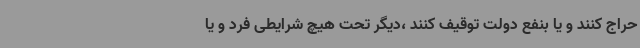
حراج کنند و یا بنفع دولت توقیف کنند ،دیگر تحت هیچ شرایطی فرد و یا